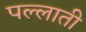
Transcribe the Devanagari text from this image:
पल्लाती